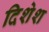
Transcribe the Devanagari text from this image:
दिशेश